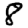
Digit: 8